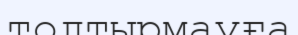
толтырмауға